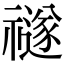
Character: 禭